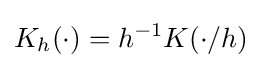
K_{h}(\cdot )=h^{-1}K(\cdot /h)